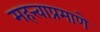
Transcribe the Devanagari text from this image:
महत्त्वाप्रमाणे